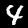
Label: 4